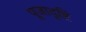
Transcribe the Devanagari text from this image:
पूजादृष्टि